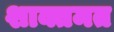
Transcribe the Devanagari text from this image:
शाक्तमत